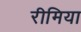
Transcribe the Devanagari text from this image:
रीमिया